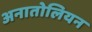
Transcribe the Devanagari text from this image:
अनातोलियन